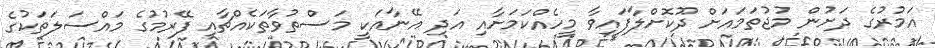
އަމުރުގެ ދަށުން މުޖުތަމައަށް ދޫކޮށްލާފައިވާ މީހެއްކަމަށާއި އަދި އޭނާއަކީ މަސްތުވާތަކެއްޗާއި ފޭރުމުގެ މައްސަލަތަކުގެ